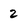
Character: 2